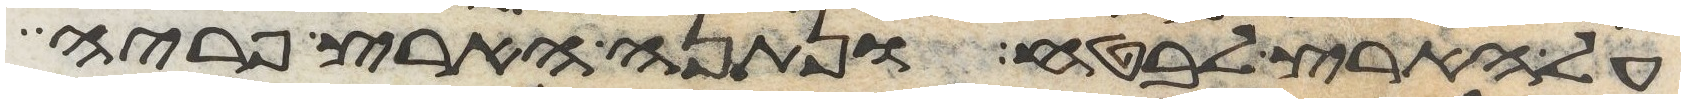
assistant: על הארץ לבטח ונתנה הארץ פריה